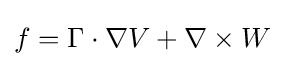
f=\Gamma \cdot \nabla V+\nabla \times W